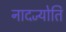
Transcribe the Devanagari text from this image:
नादज्योति